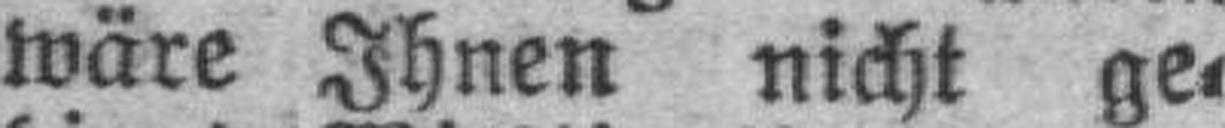
wäre Ihnen nicht ge¬